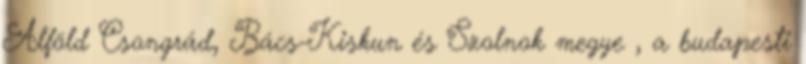
Alföld Csongrád, Bács-Kiskun és Szolnok megye , a budapesti